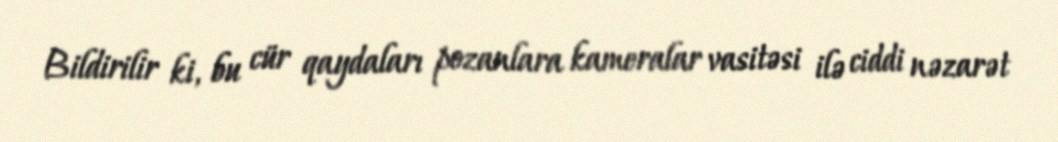
Bildirilir ki, bu cür qaydaları pozanlara kameralar vasitəsi ilə ciddi nəzarət